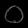
Digit: ၀